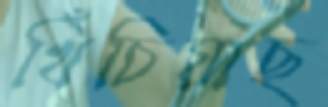
খিঁচিয়াছ